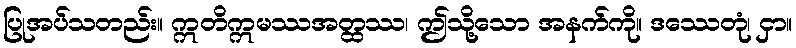
ပြုအပ်သတည်း။ ဣတိဣမဿအတ္ထဿ၊ ဤသို့သော အနက်ကို။ ဒဿေတုံ၊ ငှာ။